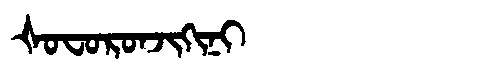
Manchu: ᡧᠣᠸᠣᡵᠣᠨᠵᡳᡴᡳᠨᡳ
Romanization: ŠOFORONJIKINI